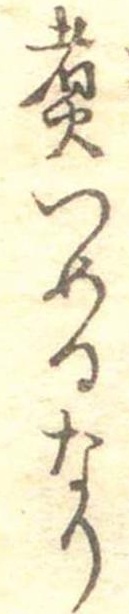
煮つめるなり